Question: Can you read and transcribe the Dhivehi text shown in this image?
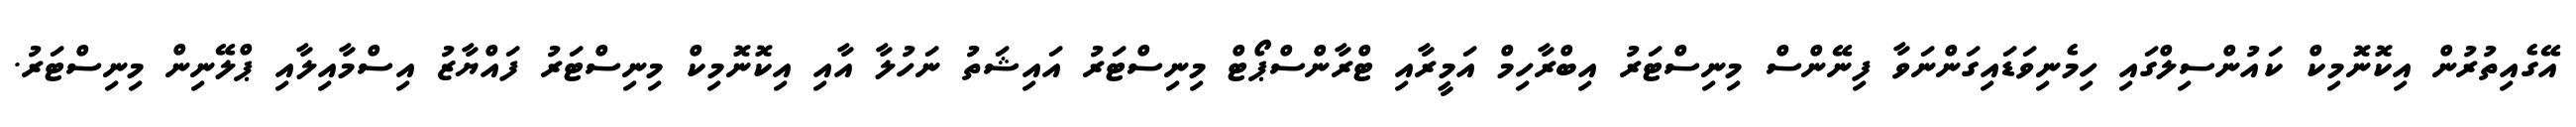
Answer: އޭގެއިތުރުން އިކޮނޮމިކް ކައުންސިލްގައި ހިމެނިވަޑައިގަންނަވާ ފިނޭންސް މިނިސްޓަރު އިބްރާހިމް އަމީރާއި ޓްރާންސްޕޯޓް މިނިސްޓަރު އައިޝަތު ނަހުލާ އާއި އިކޮނޮމިކް މިނިސްޓަރު ފައްޔާޒު އިސްމާއިލާއި ޕްލޭނިން މިނިސްޓަރު.